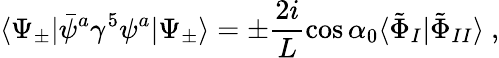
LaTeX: \langle\Psi_{\pm}|\bar{\psi}^{a}\gamma^{5}\psi^{a}|\Psi_{\pm}\rangle=\pm\frac{2i}{L}\cos\alpha_{0}\langle\tilde{\Phi}_{I}|\tilde{\Phi}_{II}\rangle\ ,